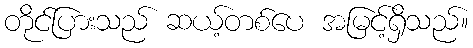
တိုင်ပြားသည် ဆယ့်တစ်ပေ အမြင့်ရှိသည်။